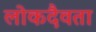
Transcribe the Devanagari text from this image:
लोकदैवता